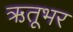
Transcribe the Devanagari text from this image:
ऋतूभर